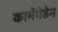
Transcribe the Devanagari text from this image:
कार्मेगेडेन